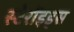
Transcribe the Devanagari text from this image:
स्टेरॉइड्स